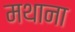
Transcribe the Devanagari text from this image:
मथाना